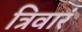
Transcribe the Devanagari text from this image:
त्रिवारं